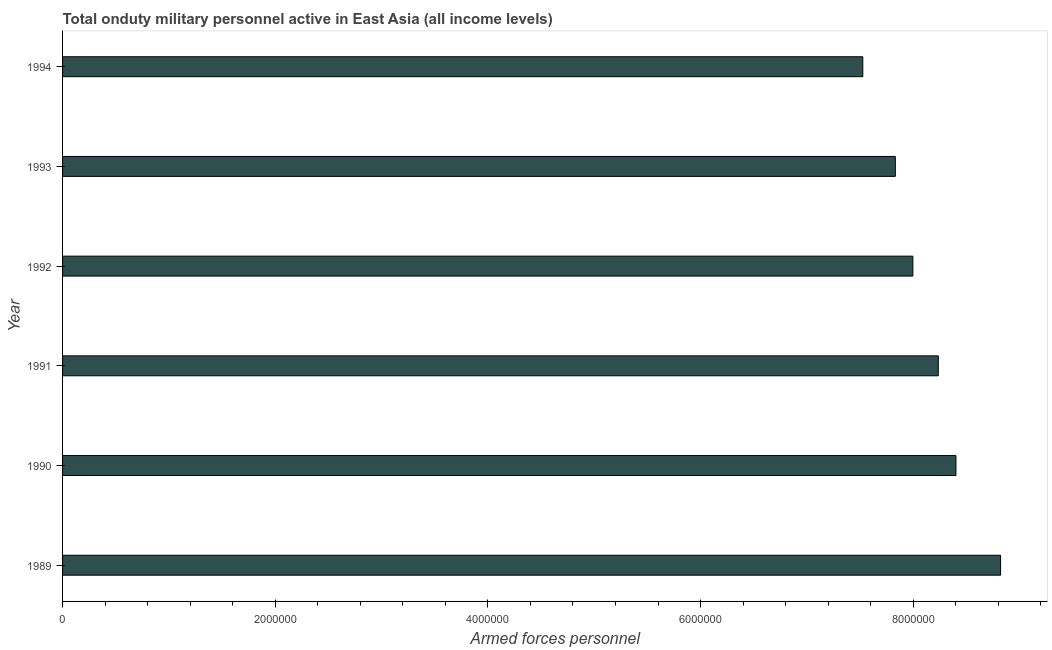
| Year | Armed forces personnel |
 | --- | --- |
 | 1989 | 8.82e+06 |
 | 1990 | 8.4e+06 |
 | 1991 | 8.24e+06 |
 | 1992 | 8e+06 |
 | 1993 | 7.83e+06 |
 | 1994 | 7.53e+06 |